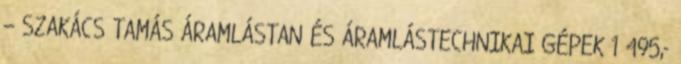
– SZAKÁCS TAMÁS ÁRAMLÁSTAN ÉS ÁRAMLÁSTECHNIKAI GÉPEK 1 495,-